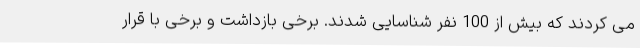
می کردند که بیش از 100 نفر شناسایی شدند. برخی بازداشت و برخی با قرار